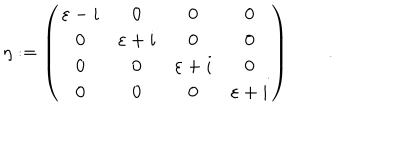
LaTeX: \eta : = \left( \begin{array} { c c c c } { { \varepsilon - i } } & { { 0 } } & { { 0 } } & { { 0 } } \\ { { 0 } } & { { \varepsilon + i } } & { { 0 } } & { { 0 } } \\ { { 0 } } & { { 0 } } & { { \varepsilon + i } } & { { 0 } } \\ { { 0 } } & { { 0 } } & { { 0 } } & { { \varepsilon + i } } \\ \end{array} \right) \qquad .